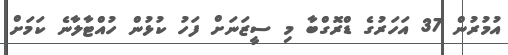
އުމުރުން 37 އަހަރުގެ ޑްރޮގްބާ މި ސީޒަނަށް ފަހު ކުޅުން ހުއްޓާލާނެ ކަމަށް